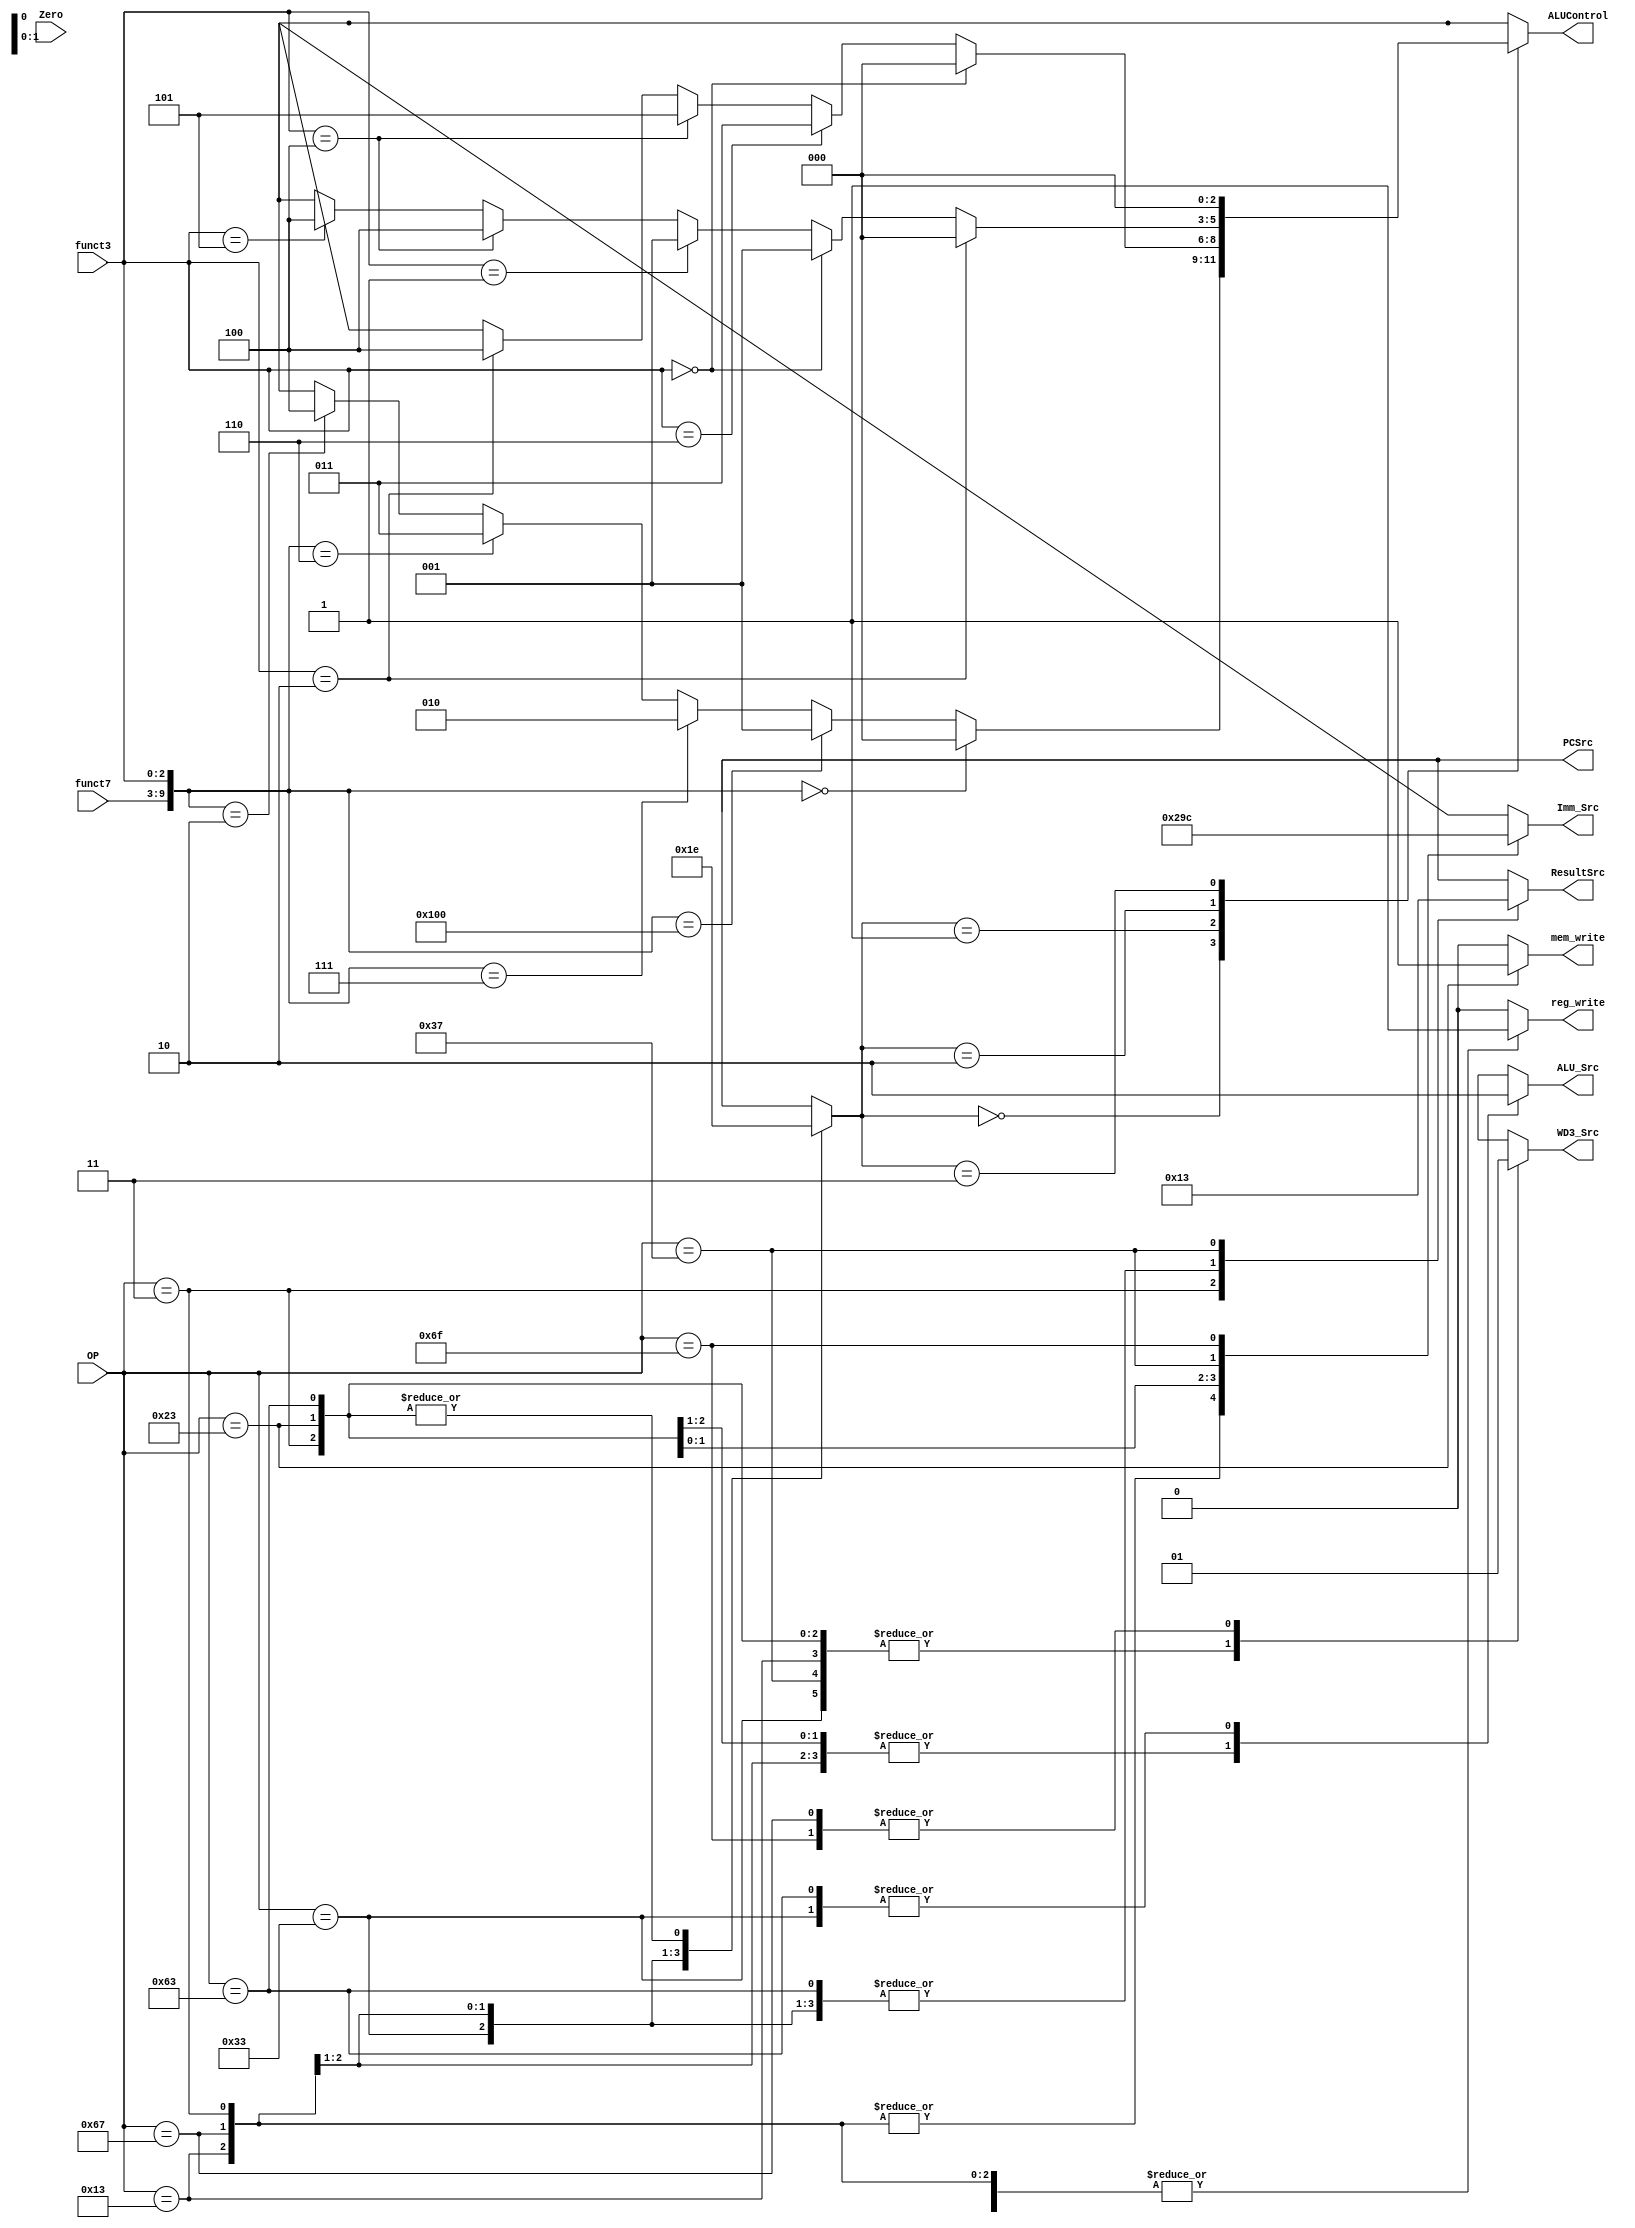
`timescale 1ns/1ns
module Controller (
    input [6:0] OP,funct7,
    input [2:0] funct3,
    input Zero,
    output reg mem_write,ALU_Src,reg_write,
    output reg [1:0] ResultSrc,PCSrc,
    output reg [2:0] ALUControl,
    output reg [2:0] Imm_Src,
    output reg WD3_Src
);
reg branch;
    always @(*)begin
         branch <=(OP==7'b1100011)?1'b1:1'b0;
    end
    
    wire [9:0] check;
    assign check={{funct7},{funct3}};
    reg [1:0] ALUOp;
    always @(OP) begin
	{reg_write,mem_write}=2'b0;
	{ALU_Src,ResultSrc,PCSrc,Imm_Src,WD3_Src,ALUOp}=11'bxxxxxxxxxxx;
        casex (OP)
            7'b0110011: begin  //R_type
                reg_write <= 1;
                Imm_Src <= 3'bxxx;
                ALU_Src <= 0;
                mem_write <= 0;
                ResultSrc <= 2'b00;
                //PCSrc <=2'b00;
                ALUOp <= 2'b00;
                WD3_Src <=0;
            end 

            7'b0010011:begin  //I_type
                reg_write <= 1;
                Imm_Src <= 3'b000;
                ALU_Src <= 1;
                mem_write <= 0;
                ResultSrc <= 2'b00;
               // PCSrc <=2'b00;
                ALUOp <= 2'b01;
                WD3_Src <=0;
            end

            7'b1100111:begin  //jalr
                reg_write <= 1;
                Imm_Src <= 3'b000;
                ALU_Src <= 1;
                mem_write <= 0;
                ResultSrc <= 2'b00;
               // PCSrc <=2'b10;
                ALUOp <= 2'b11;
                WD3_Src <=1;
            end

            7'b0000011:begin  //Lw
                reg_write <= 1;
                Imm_Src <= 3'b000;
                ALU_Src <= 1;
                mem_write <= 0;
                ResultSrc <= 2'b01;
               // PCSrc <=2'b00;
                ALUOp <= 2'b10;
                WD3_Src <=0;
            end

            7'b0100011:begin  //S_type
                reg_write <= 0;
                Imm_Src <= 3'b001;
                ALU_Src <= 1;
                mem_write <= 1;
                ResultSrc <= 2'bxx;
               // PCSrc <=2'b00;
                ALUOp <= 2'b10;
                WD3_Src <=0;
            end
            7'b1100011:begin //B_type
                reg_write <= 0;
                Imm_Src <= 3'b010;
                ALU_Src <= 0;
                mem_write <= 0;
                ResultSrc <= 2'b00;
                //PCSrc <=(Zero)?2'b01:2'b00;
                ALUOp <= 2'b10;
                WD3_Src <=0;
            end
            7'b0110111:begin//lui
                reg_write <= 1;
                Imm_Src <= 3'b011;
                ALU_Src <= 1'bx;
                mem_write <= 0;
                ResultSrc <= 2'b11;
               // PCSrc <=2'b00;
                ALUOp <= 2'bxx;
                WD3_Src <=0;
            end    
            7'b1101111:begin//jal
                reg_write <= 1;
                Imm_Src <= 3'b100;
                ALU_Src <= 1'bx;
                mem_write <= 0;
                ResultSrc <= 2'bxx;
               // PCSrc <=2'b01;
                ALUOp <= 2'bxx;
                WD3_Src <=1;
            end  
            default:begin
                reg_write <= 0;
                Imm_Src <= 3'bxxx;
                ALU_Src <= 1'bx;
                mem_write <= 0;
                ResultSrc <= 2'bxx;
                //PCSrc <=2'bxx;
                ALUOp <= 2'bxx;
                WD3_Src <=1'bx;
            end 
            
        endcase
        
    end
    always @(*) begin
	PCSrc=2'bxx;
        case (OP)
            7'b0110011:PCSrc<=2'b0;
            7'b0010011:PCSrc<=2'b0;
            7'b1100111:PCSrc<=2'b10;
            7'b0000011: PCSrc<=2'b0;
            7'b0100011:PCSrc<=2'b0;
            7'b1100011:PCSrc=(Zero)?2'b01:2'b0;
            7'b0110111:PCSrc<=2'b0;
            7'b1101111:PCSrc<=2'b01;
            default: PCSrc <= 2'bxx;
        endcase
        
    end
    always @(ALUOp,check,funct3,funct7) begin
	ALUControl=3'bxxx;
        case (ALUOp)
             2'b00:begin ALUControl<=(check==10'b0)?3'b0:
                  (check==10'd256)?3'b001:
                  (check==10'd7)?3'b010:
                  (check==10'd6)?3'b011:
                  (check==10'd2)?3'b100:3'bxxx;
                  end
            2'b01:begin ALUControl<=(funct3==3'b000)?3'b0:
                  (funct3==3'b110)?3'b011:
                  (funct3==3'b100)?3'b101:
                  (funct3==3'b010)?3'b100:3'bxxx;
                   end
            2'b10:begin ALUControl<=(funct3==10'b010)?3'b0:
                  (funct3==3'b0)?3'b001:
                  (funct3==3'b001)?3'b001:
                  (funct3==3'b100)?3'b100:
                  (funct3==3'b101)?3'b100:3'bxxx;
                   end
            2'b11: ALUControl<=3'b0;
            default: ALUControl <= 3'bxxx;
        endcase
        
    end
endmodule